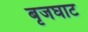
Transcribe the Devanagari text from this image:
बृजघाट